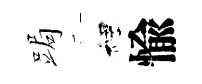
跼裡愉